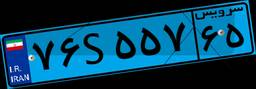
۵۷S۶۵۳۰۷